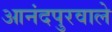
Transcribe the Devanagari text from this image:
आनंदपुरवाले